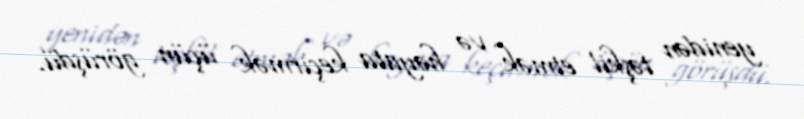
yenidən təşkil etmək və həyata keçirmək üçün görüşdü.